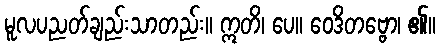
မူလပညတ်ချည်းသာတည်း။ ဣတိ၊ ပေ။ ဝေဒိတဗ္ဗော၊ ၏။